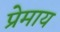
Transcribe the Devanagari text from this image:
प्रेमाय